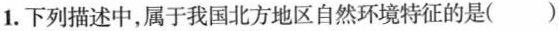
1.下列描述中，属于我国北方地区自然环境特征的是()